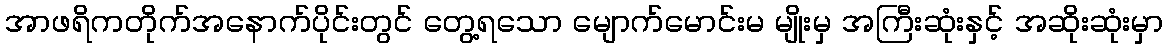
အာဖရိကတိုက်အနောက်ပိုင်းတွင် တွေ့ရသော မျောက်မောင်းမ မျိုးမှ အကြီးဆုံးနှင့် အဆိုးဆုံးမှာ